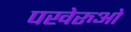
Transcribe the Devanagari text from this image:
पखेरुओं